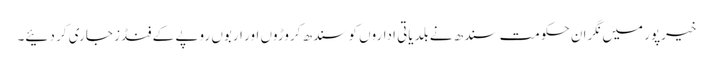
خیرپور میں نگران حکومت سندھ نے بلدیاتی اداروں کو سندھ کروڑوں اور اربوں روپے کے فنڈز جاری کر دئیے۔